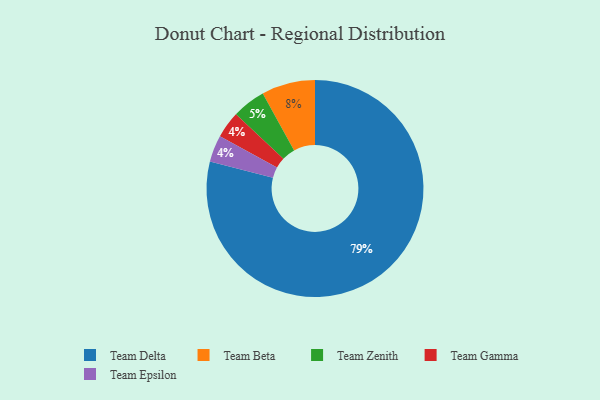
{"axis": {"x": "Category", "y": "Percentage"}, "legend": ["Team Beta", "Team Delta", "Team Epsilon", "Team Gamma", "Team Zenith"], "data": [{"x": "Team Zenith", "y": 5, "type": "Team Zenith"}, {"x": "Team Beta", "y": 8, "type": "Team Beta"}, {"x": "Team Gamma", "y": 4, "type": "Team Gamma"}, {"x": "Team Delta", "y": 79, "type": "Team Delta"}, {"x": "Team Epsilon", "y": 4, "type": "Team Epsilon"}]}